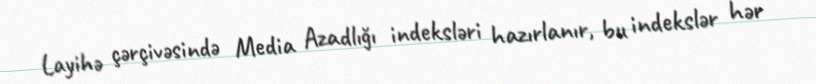
Layihə çərçivəsində Media Azadlığı indeksləri hazırlanır, bu indekslər hər